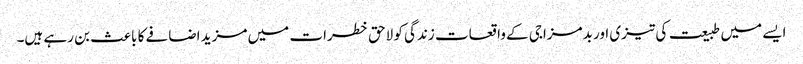
ایسے میں طبیعت کی تیزی اور بدمزاجی کے واقعات زندگی کو لاحق خطرات میں مزید اضافے کا باعث بن رہے ہیں۔